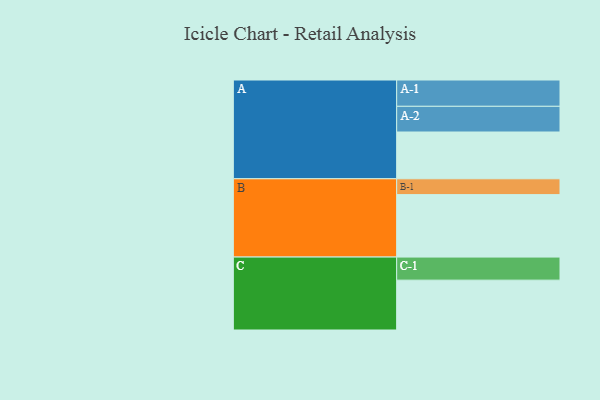
{"axis": {"x": "Segment", "y": "Value"}, "legend": ["", "A", "B", "C"], "data": [{"x": "A", "y": 304, "type": ""}, {"x": "B", "y": 406, "type": ""}, {"x": "C", "y": 324, "type": ""}, {"x": "A-1", "y": 171, "type": "A"}, {"x": "A-2", "y": 167, "type": "A"}, {"x": "B-1", "y": 103, "type": "B"}, {"x": "C-1", "y": 150, "type": "C"}]}